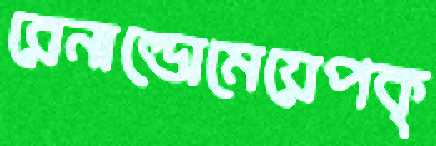
রেনাল্ডোমেয়েপক্